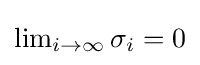
{\textstyle \lim _{i\to \infty }\sigma _{i}=0}